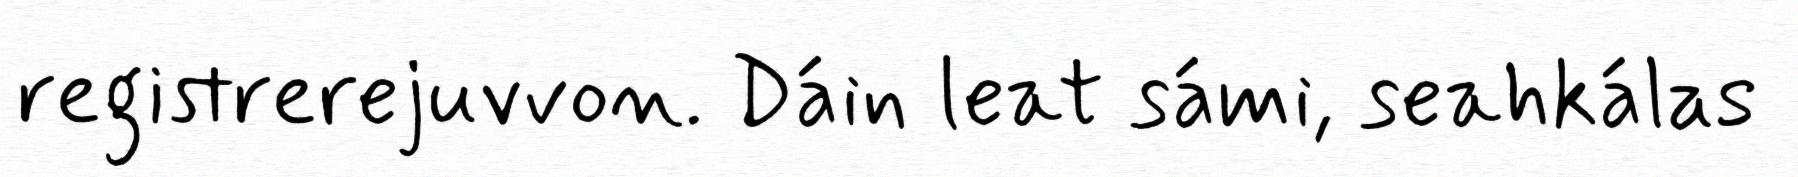
registrerejuvvon. Dáin leat sámi, seahkálas